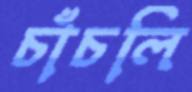
চাঁচলি